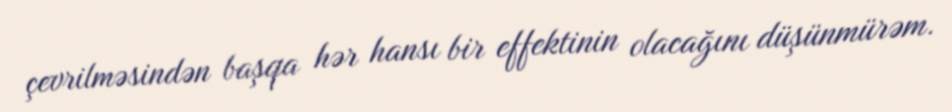
çevrilməsindən başqa hər hansı bir effektinin olacağını düşünmürəm.